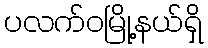
ပလက်ဝမြို့နယ်ရှိ